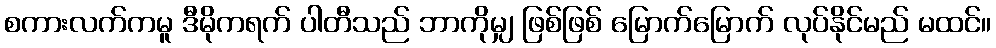
စကားလက်ကမူ ဒီမိုကရက် ပါတီသည် ဘာကိုမျှ ဖြစ်ဖြစ် မြောက်မြောက် လုပ်နိုင်မည် မထင်။